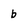
Character: b